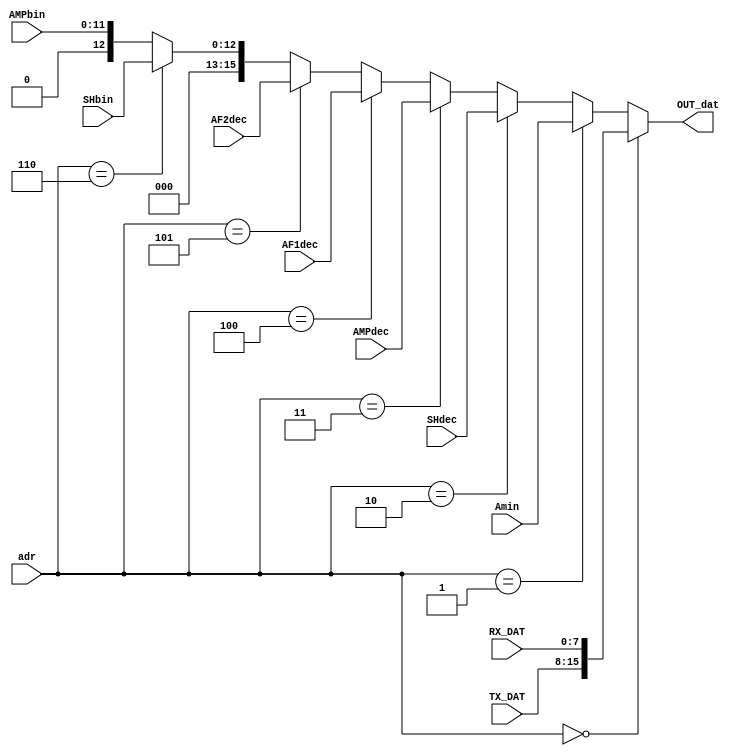
module MUX_dat(input [7:0] TX_DAT, output wire [15:0] OUT_dat,
               input [7:0] RX_DAT,
               input [15:0] Amin,
               input [15:0] SHdec,
               input [15:0] AMPdec,
               input [15:0] AF1dec,
               input [15:0] AF2dec,
               input [12:0] SHbin,
               input [11:0] AMPbin,
               input [2:0]adr);

  assign OUT_dat = (adr[2:0]==0)? {TX_DAT,RX_DAT} :
                   (adr[2:0]==1)? Amin :
                   (adr[2:0]==2)? SHdec :
                   (adr[2:0]==3)? AMPdec :
                   (adr[2:0]==4)? AF1dec :
                   (adr[2:0]==5)? AF2dec :
                   (adr[2:0]==6)? {3'b000,SHbin} : {4'b0000,AMPbin};

endmodule